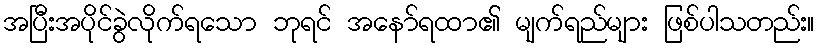
အပြီးအပိုင်ခွဲလိုက်ရသော ဘုရင် အနော်ရထာ၏ မျက်ရည်များ ဖြစ်ပါသတည်း။